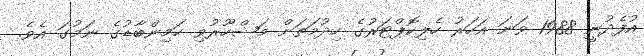
އުފެދުނީ 1988 ވަނަ އަހަރު ހެލިކޮޕްޓަރުގެ ހިދުމަތަށް މަޝްހޫރުވި ހަމިންބާޑުގެ ނަމުގަ އެވެ.